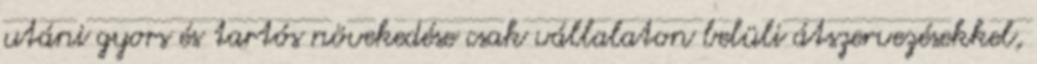
utáni gyors és tartós növekedése csak vállalaton belüli átszervezésekkel,